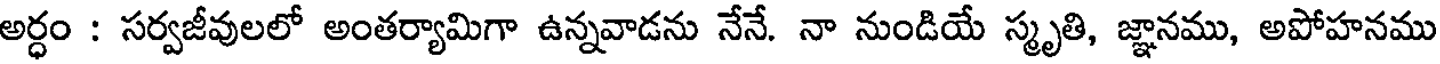
అర్ధం : సర్వజీవులలో అంతర్యామిగా ఉన్నవాడను నేనే. నా నుండియే స్మృతి, జ్ఞానము, అపోహనము